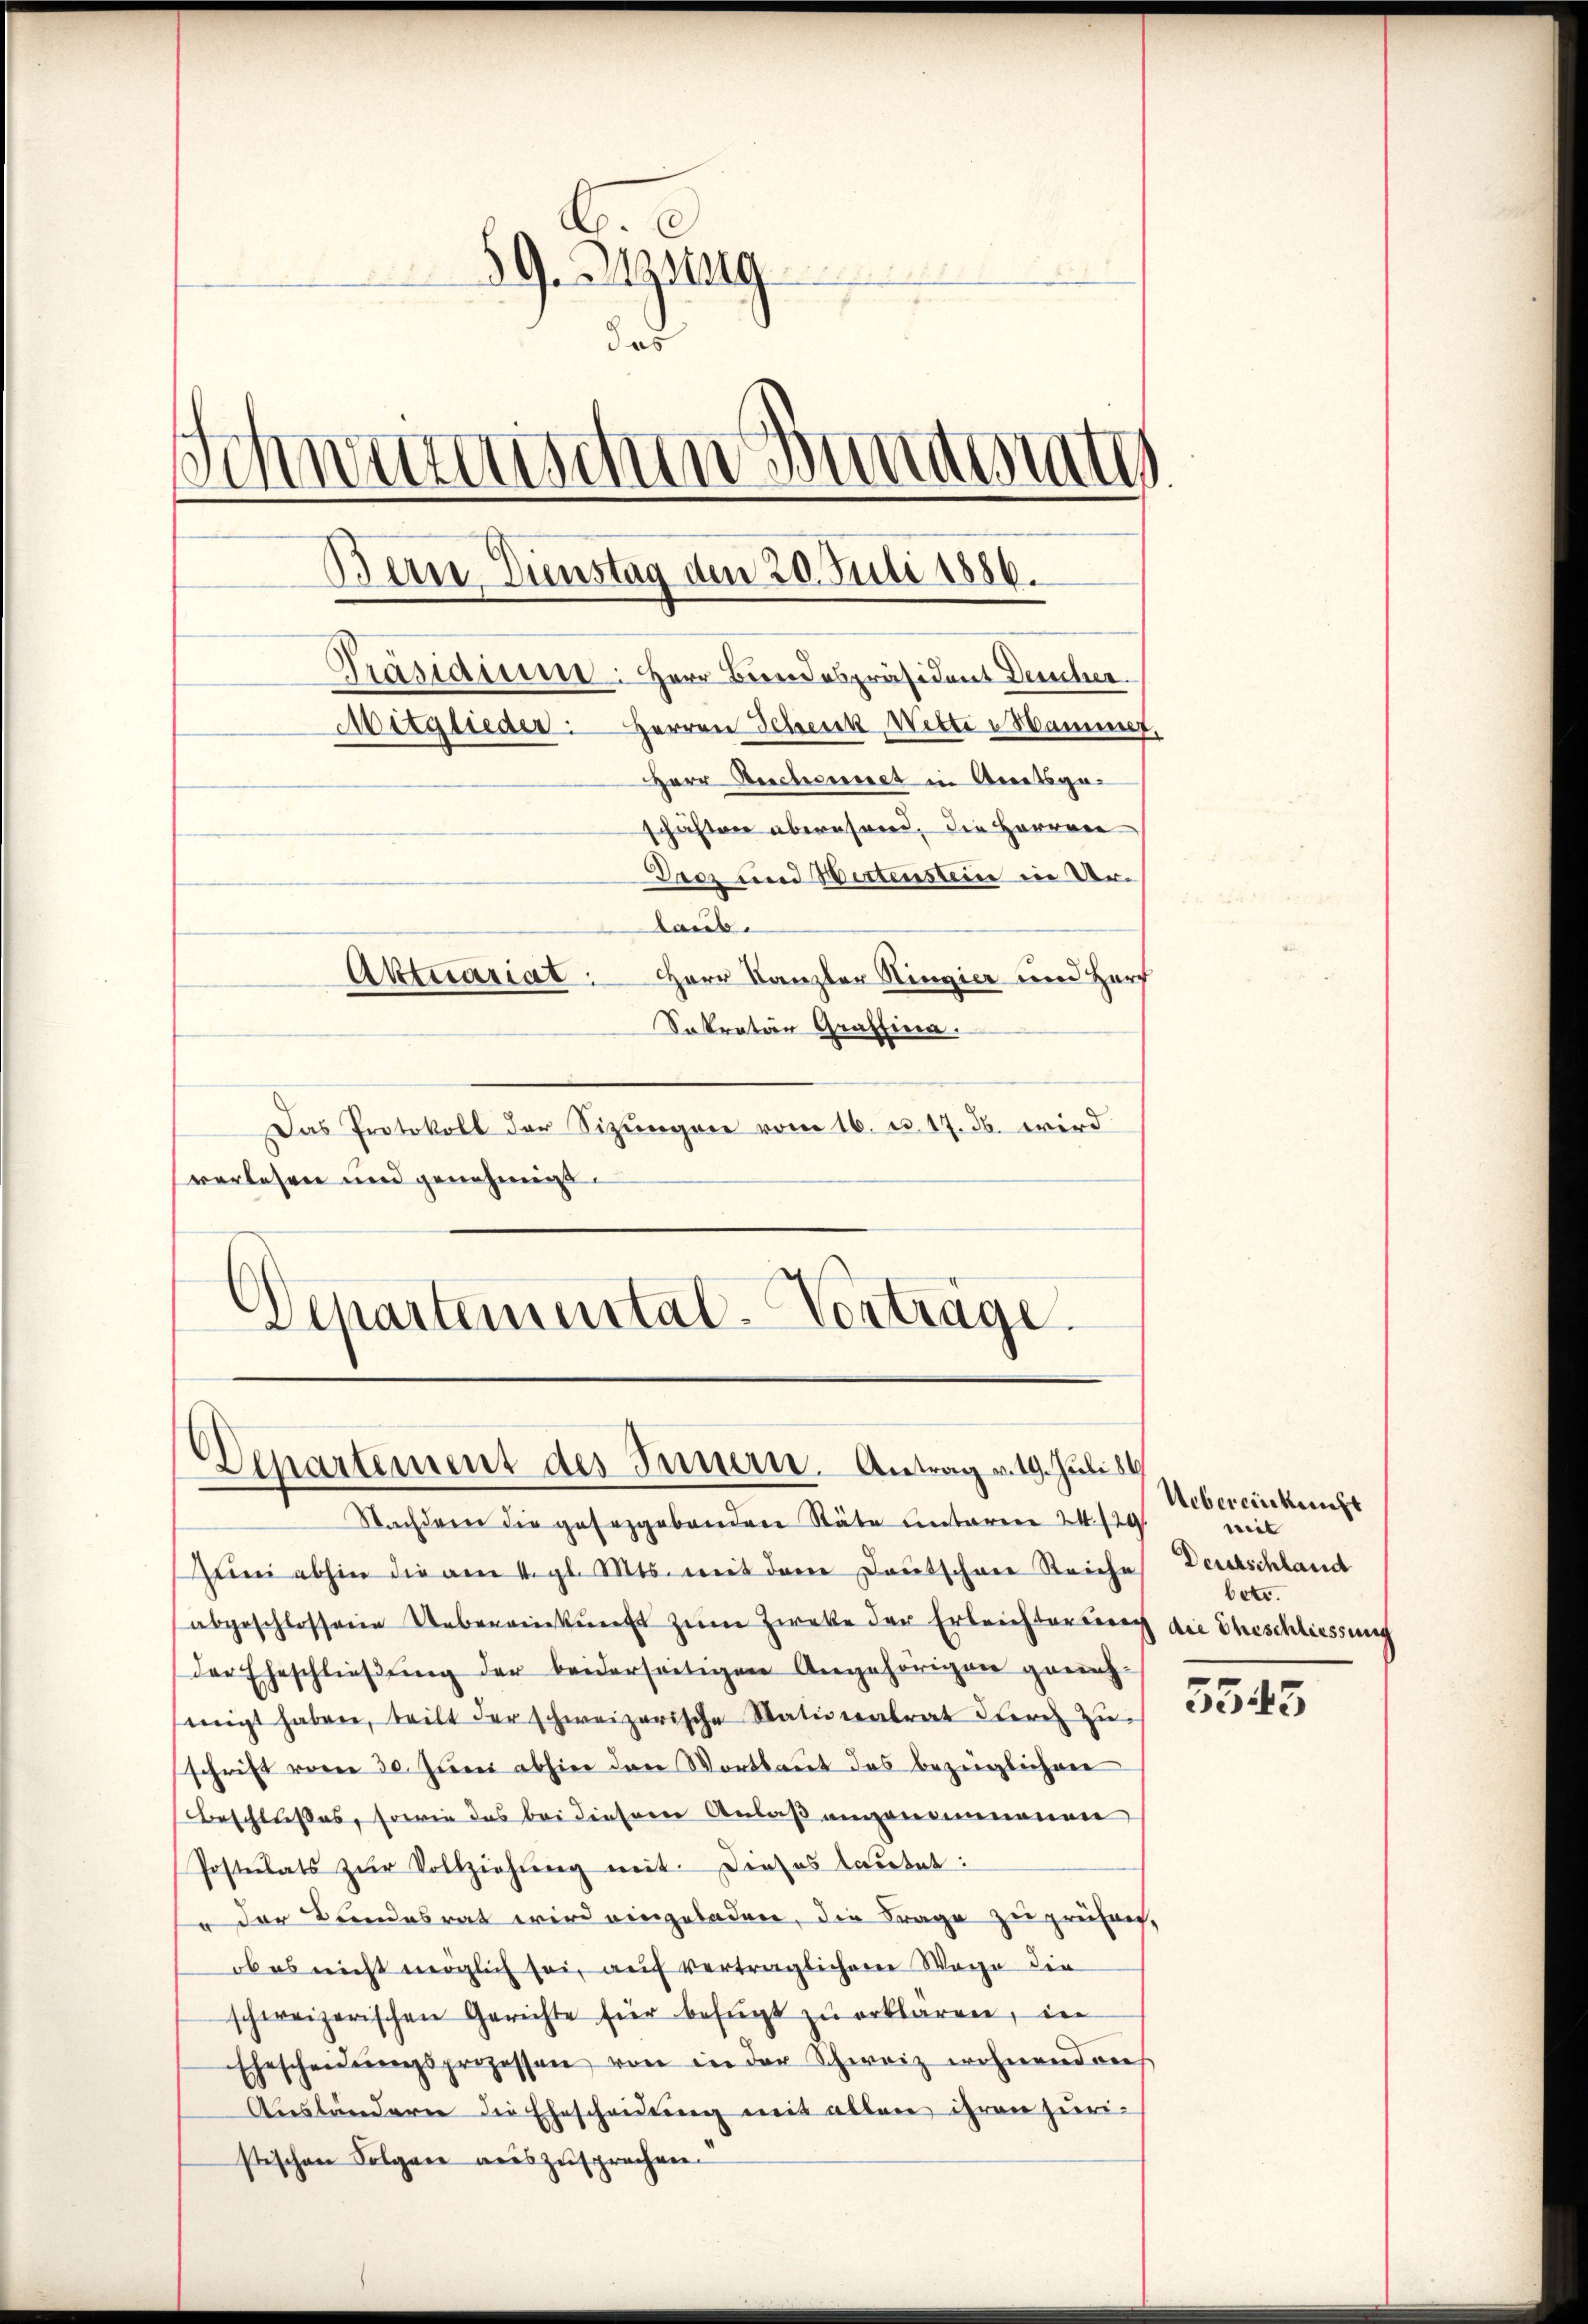
59. Bezug
das
Me
Abrati
sch
l
Bern Dienstag dem 20. Juli 1886.
Präsidisser: Herr Beerdspräsident Deucher
Mitglieder: Herren Schenk, Wette Hammet,
Herr Reichereirect in Amtsgeschäften abersend, die Herren
Drcz und Wertenstein in Urtaub.
Aktuariat: Herr Kanzler Hingier und Zurf
Sokration Graffina.
Das Protokoll der Sizungen vom 16. u. 17. d. wird

verlesen und genehmigt.
¬
Separtemental-Vorträge.

Nachdem die gesetzgebenden Stäte unteren 24. 129.
ŭni abhin die am 1. gl. Mts. mit dem Deutschen Reiche
abgeschlossene Uebereinkunft zum Zwecke der Erleichtensinn die Eheschliessung
Der Eheschließung der beiderseitigen Angehörigen genehmigt haben, teilt der schweizerische Stationalrat durch zu
schrift vom 30. Juni abhin den Wortlaut das bezeiglichen
Beschlußes, sowie das bei diesem Anlaß angenommenen
Postulats zŭr Vollziehŭng mit. Dieses lautet:
 der Bundesrat wird eingeladen, die Frage zu prüfen,
ob es nicht möglich sei, auf verträglichem Wege die
schweizerischen Gerichte für befŭgt zu erklären, in
Ehescheidŭngsprozessen von in der Schweiz wohnend dies
Ausländere die Ehescheidung mit allen ihren juristischen Folgen auszusprechen.

Denartement des Innern. Antrag v. 19. Juli s

Uebereinkunft
weit
Deutschland
betr.

5543